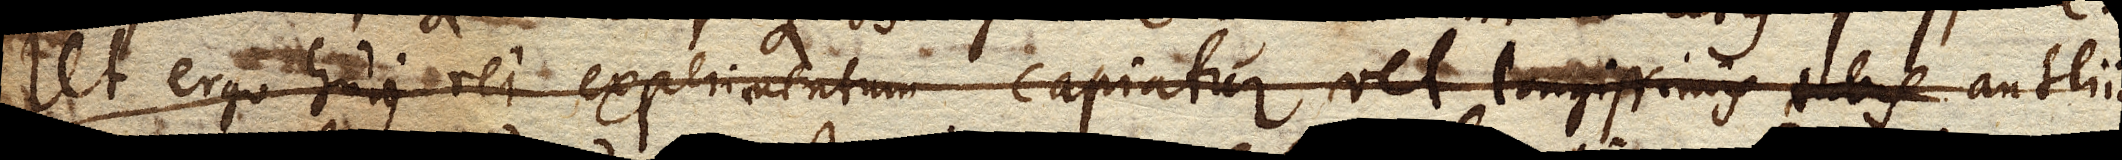
Ut ergo hujus rei experimentum capiatur vel longissimis tubis